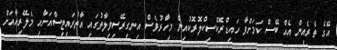
އޭގެ ތެރެއިން އެއް ބޭސް ކަމަށްވާ ހައިޑްރޮކްސިކްލޮރޮކުއިން މިހާރުވެސް އިނގިރޭސިވިލާތުގައި އާތުރައިޓިސްއަށާއި މެލޭރިއާއަށް